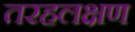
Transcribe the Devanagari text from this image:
तरहलक्षण